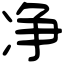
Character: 净